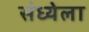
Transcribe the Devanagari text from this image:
संध्येला